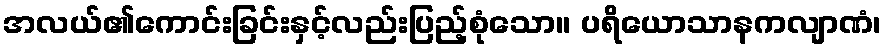
အလယ်၏ကောင်းခြင်းနှင့်လည်းပြည့်စုံသော။ ပရိယောသာနကလျာဏံ၊